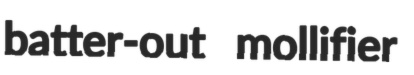
batter-out mollifier